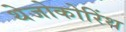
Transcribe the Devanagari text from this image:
थेजोकोरिंथ